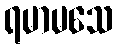
ရမာမသေ